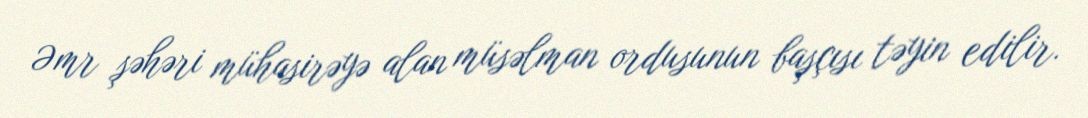
Əmr şəhəri mühasirəyə alan müsəlman ordusunun başçısı təyin edilir.